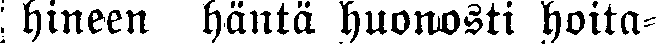
hineen häntä huonosti hoita-